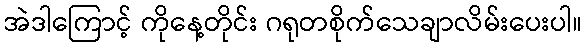
အဲဒါကြောင့် ကိုနေ့တိုင်း ဂရုတစိုက်သေချာလိမ်းပေးပါ။